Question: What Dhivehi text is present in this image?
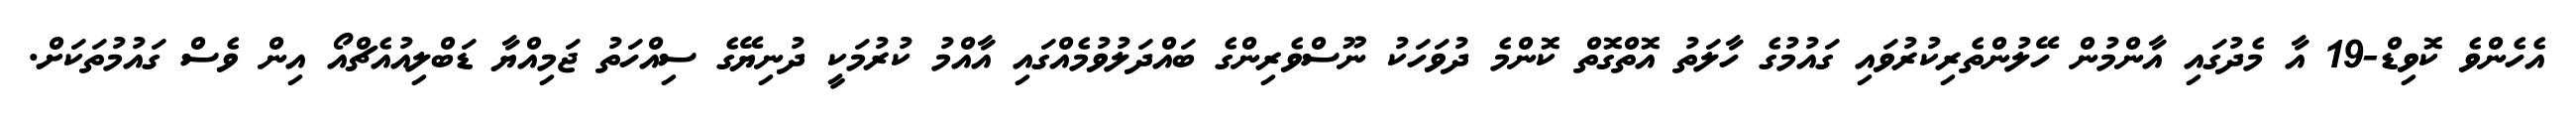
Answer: އެހެންވެ ކޮވިޑް-19 އާ މެދުގައި އާންމުން ހޭލުންތެރިކުރުވައި ގައުމުގެ ހާލަތު އޮތްގޮތް ކޮންމެ ދުވަހަކު ނޫސްވެރިންގެ ބައްދަލުވުމެއްގައި އާއްމު ކުރުމަކީ ދުނިޔޭގެ ސިއްހަތު ޖަމިއްޔާ ޑަބްލިއުއެޗްއޯ އިން ވެސް ގައުމުތަކަށް.